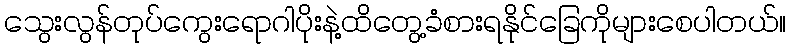
သွေးလွန်တုပ်ကွေးရောဂါပိုးနဲ့ထိတွေ့ခံစားရနိုင်ခြေကိုများစေပါတယ်။